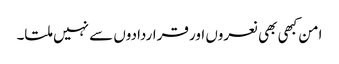
امن کبھی بھی نعروں اور قراردادوں سے نہیں ملتا۔